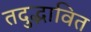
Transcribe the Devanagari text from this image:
तदुद्भावित